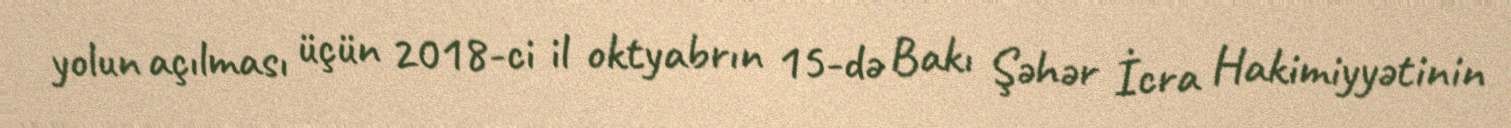
yolun açılması üçün 2018-ci il oktyabrın 15-də Bakı Şəhər İcra Hakimiyyətinin